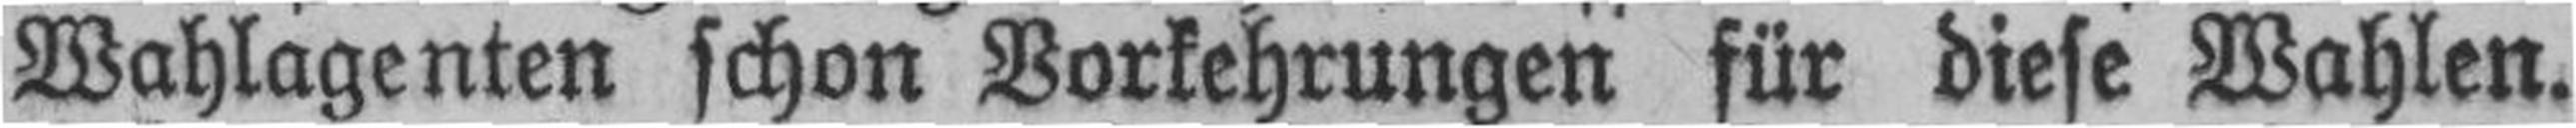
Wahlagenten schon Vorkehrungen für diese Wahlen.